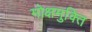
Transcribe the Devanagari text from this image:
मोक्षमुक्ति